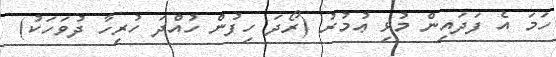
ހަމަ އެ ފަދައިން މުޅި ޢުމުރު (ރޯދަ ހިފުން ހުއްދަ ހުރިހާ ދުވަހަކު)